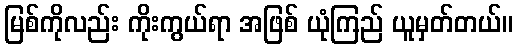
မြစ်ကိုလည်း ကိုးကွယ်ရာ အဖြစ် ယုံကြည် ယူမှတ်တယ်။